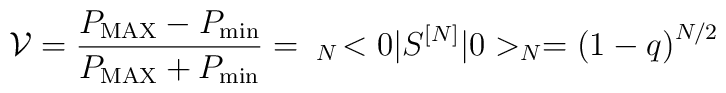
{\cal V} = \frac{P_{\rm MAX} - P_{\rm min}}{P_{\rm MAX} + P_{\rm min}}  = \;_N \! <0\vert  S^{[N]} \vert 0>_N  = \left(1 - q \right)^{N/2}